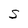
Character: S